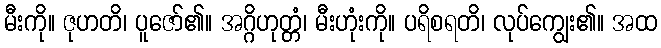
မီးကို။ ဇုဟတိ၊ ပူဇော်၏။ အဂ္ဂိဟုတ္တံ၊ မီးဟုံးကို။ ပရိစရတိ၊ လုပ်ကျွေး၏။ အထ